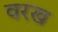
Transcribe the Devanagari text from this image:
वरख